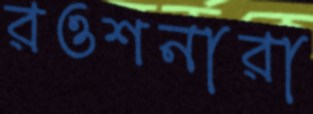
রওশনারা